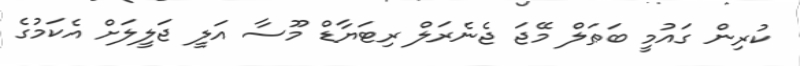
ކުރިން ގައުމީ ބަޠަލް މޭޖަ ޖެނެރަލް ރިޓަޔާޑް މޫސާ އަލީ ޖަލީލަށް އެކަމުގެ